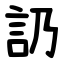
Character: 䚮